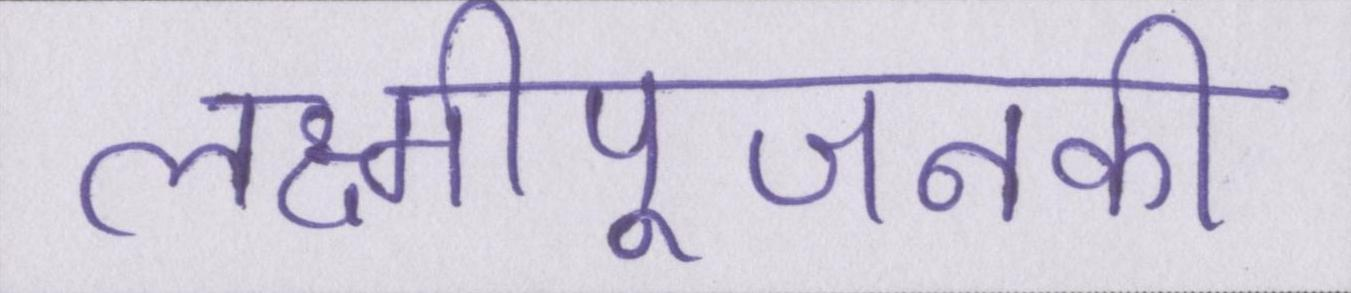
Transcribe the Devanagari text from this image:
लक्ष्मीपूजनकी